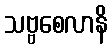
သဗ္ဗစေလာနိ